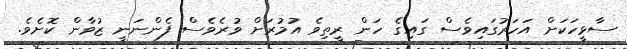
ސާޅީހަކަށް އަހަރުގައިވެސް ގައިގެ ހަން ރީތިވެ އުމުރަށް ވުރެވެސް ފެންނަނީ ޒުވާން ކޮށެވެ.